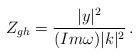
LaTeX: \begin{align*}Z_{gh}=\frac{|y|^2}{(Im\omega)|k|^2}\,.\end{align*}